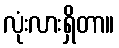
လုံးလားရှိတာ။